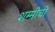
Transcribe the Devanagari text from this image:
शम्मीची